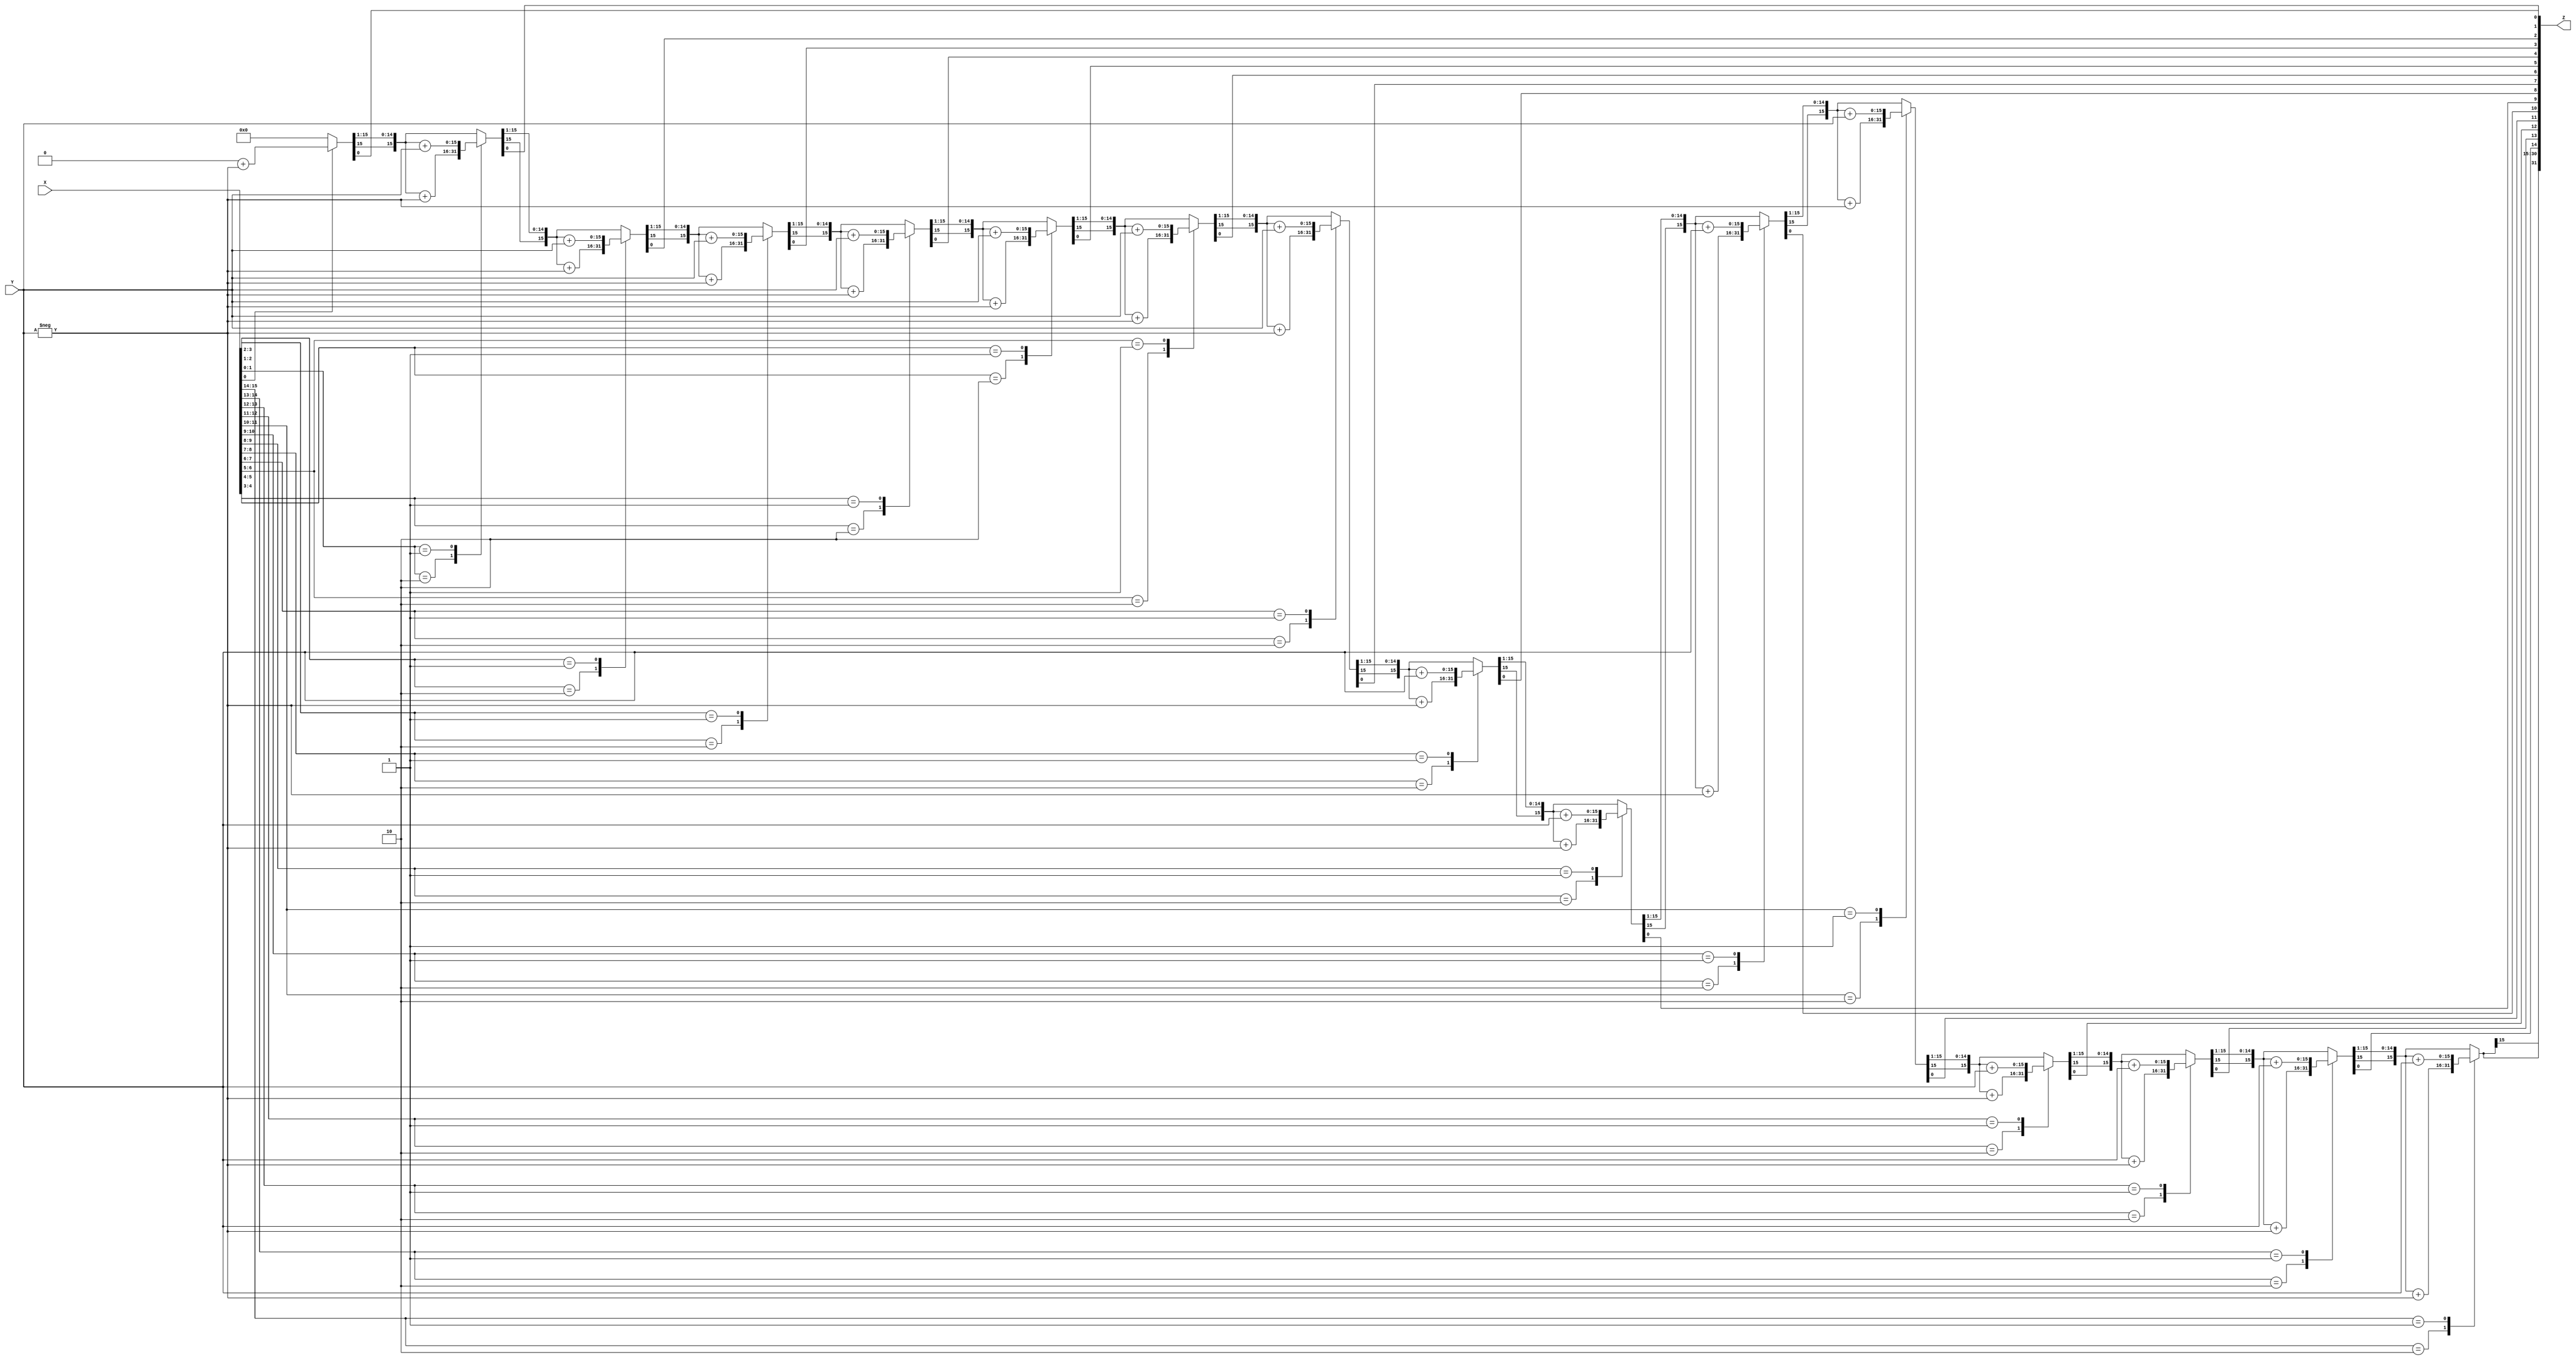
module boothmul(X, Y, Z);
input signed [15:0] X, Y;
output signed [31:0] Z;
reg signed [31:0] Z;
reg [1:0] temp;
integer i;
reg E1;
reg [15:0] Y1;
always @ (X, Y)
begin
Z = 32'd0;
E1 = 1'd0;
Y1 = - Y;
Z[15:0]=X;
for (i = 0; i < 16; i = i + 1)
begin
temp = {X[i], E1};
case (temp)
2'd2 : Z [31 : 16] = Z [31 : 16] + Y1;
2'd1 : Z [31 : 16] = Z [31 : 16] + Y;
default : begin end
endcase
Z = Z >> 1;
Z[31] = Z[30];
E1 = X[i];
end

end
endmodule